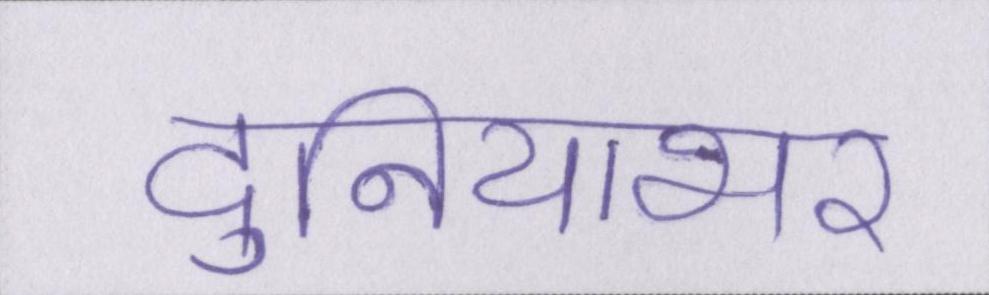
दुनियाभर